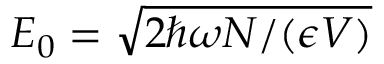
E _ { 0 } = \sqrt { 2 \hbar \omega N / ( \epsilon V ) }